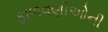
ફાળવણીઓની